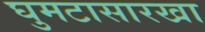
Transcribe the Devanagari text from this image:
घुमटासारखा